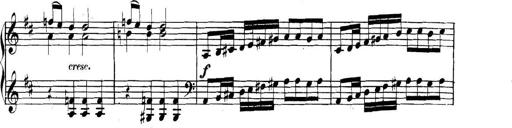
Title: Collected Piano Sonatas
Composer: Muzio Clementi